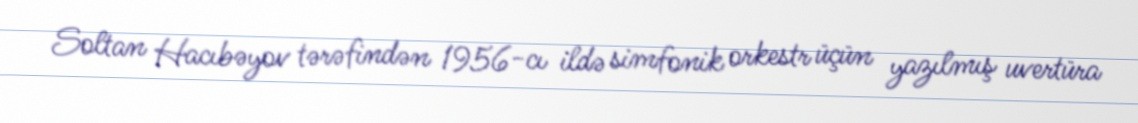
Soltan Hacıbəyov tərəfindən 1956-cı ildə simfonik orkestr üçün yazılmış uvertüra